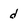
Character: d